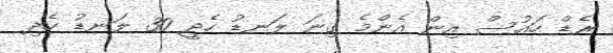
ރެޑް ހައުސް އިން އެންމެ ގިނަ ލަނޑު ހެދީ 30 ލަނޑު ހެދި